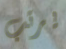
يرتب